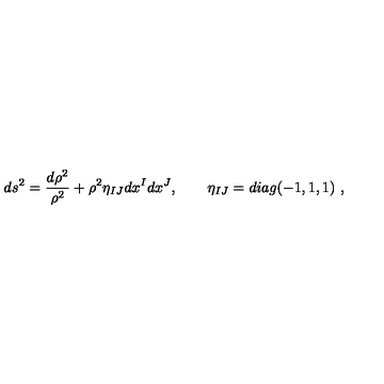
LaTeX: d s ^ { 2 } = \frac { d \rho ^ { 2 } } { \rho ^ { 2 } } + \rho ^ { 2 } \eta _ { I J } d x ^ { I } d x ^ { J } , \qquad \eta _ { I J } = d i a g ( - 1 , 1 , 1 ) \ ,